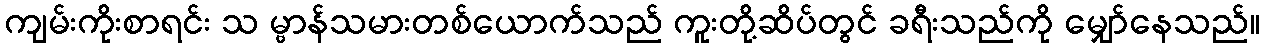
ကျမ်းကိုးစာရင်း သ မ္ဗာန်သမားတစ်ယောက်သည် ကူးတို့ဆိပ်တွင် ခရီးသည်ကို မျှော်နေသည်။